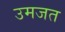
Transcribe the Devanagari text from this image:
उमजत